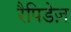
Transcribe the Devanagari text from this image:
रैपिडेज़